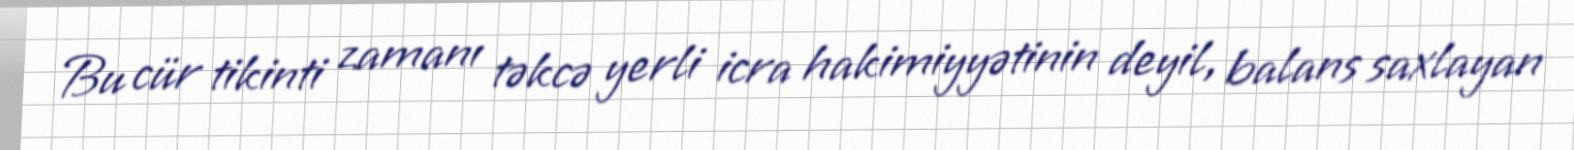
Bu cür tikinti zamanı təkcə yerli icra hakimiyyətinin deyil, balans saxlayan